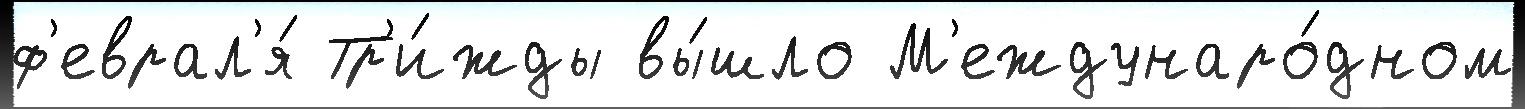
ф'еврал'я́ Тр'и́жды вы́шло М'еждунаро́дном